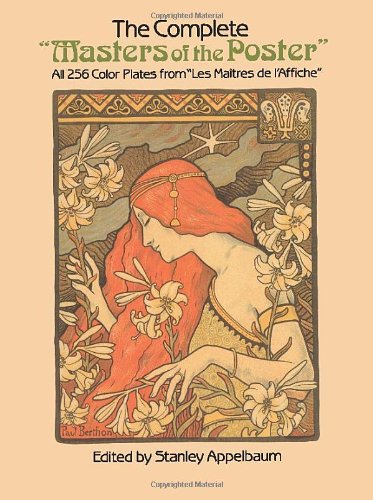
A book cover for The Complete "Masters of the Poster": All 256 Color Plates from "Les Maitres de l'Affiche" (Dover Fine Art, History of Art); Crafts, Hobbies & Home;